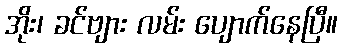
အိုး၊ ခင်ဗျား လမ်း ပျောက်နေပြီ။